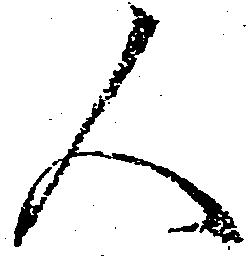
人